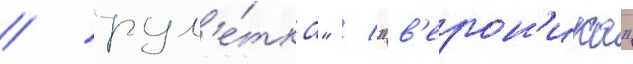
/ "рул'е́тка" / "в'ерон'ика"